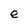
Character: e